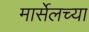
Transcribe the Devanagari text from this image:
मार्सेलच्या